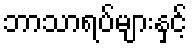
ဘာသာရပ်များနှင့်